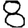
Digit: 8